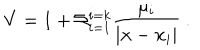
LaTeX: V = 1 + \Sigma _ { i = 1 } ^ { i = k } { \frac { \mu _ { i } } { | { \bf x } - { \bf x } _ { i } | } } \ .